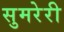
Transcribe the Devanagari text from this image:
सुमरेरी